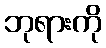
ဘုရားကို